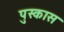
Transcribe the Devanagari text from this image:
पुस्कास